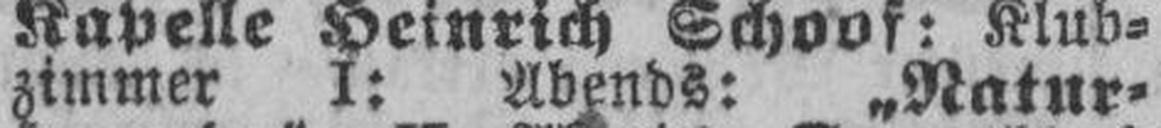
zimmer I: Abends: „Natur¬